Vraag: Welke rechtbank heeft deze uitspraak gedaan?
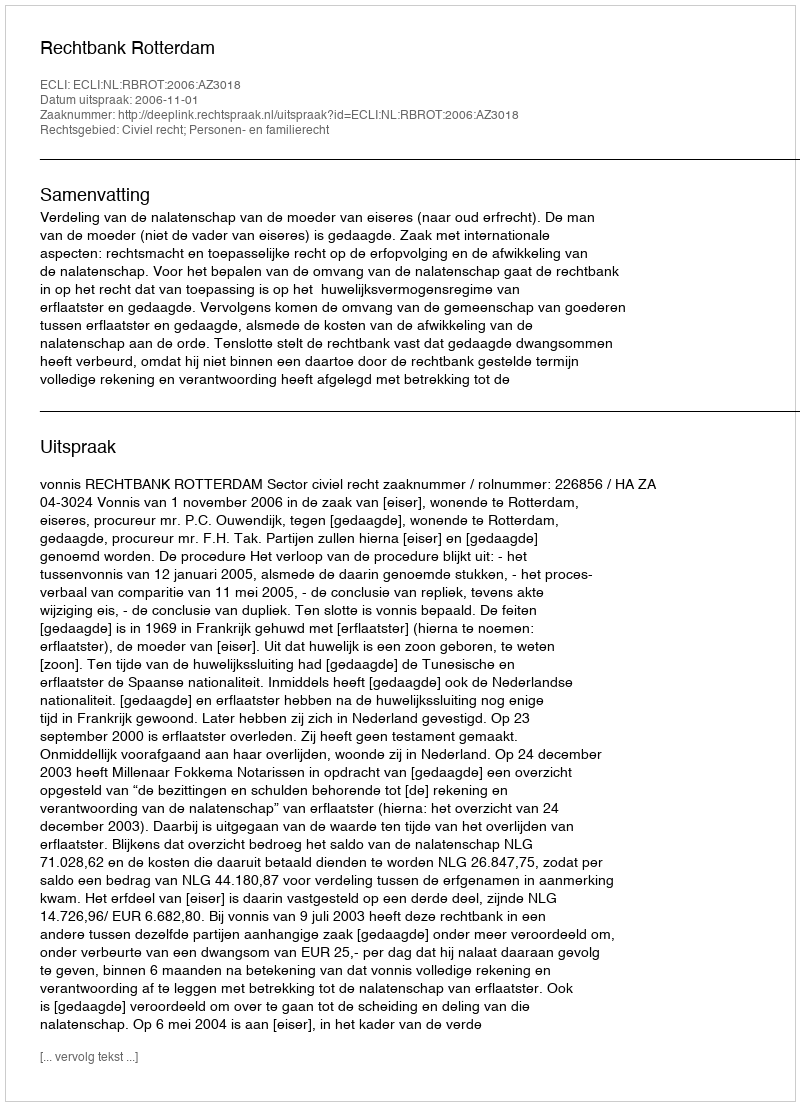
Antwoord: Rechtbank Rotterdam